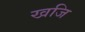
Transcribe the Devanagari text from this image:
खजि